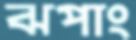
ঝপাং